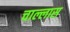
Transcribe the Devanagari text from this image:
चाल्लास